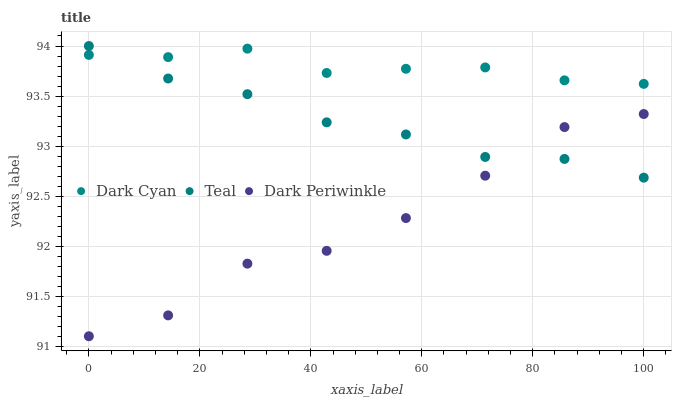
| xaxis_label | Dark Cyan | Teal | Dark Periwinkle |
 | --- | --- | --- | --- |
 | 0 | 93.9 | 94 | 91.1 |
 | 14.3 | 93.9 | 93.7 | 91.3 |
 | 28.6 | 94 | 93.5 | 91.8 |
 | 42.9 | 93.7 | 93.2 | 92 |
 | 57.1 | 93.8 | 93.1 | 92.3 |
 | 71.4 | 93.8 | 92.9 | 92.7 |
 | 85.7 | 93.7 | 92.9 | 93.2 |
 | 100 | 93.6 | 92.7 | 93.3 |